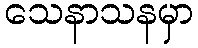
သေနာသနမှာ